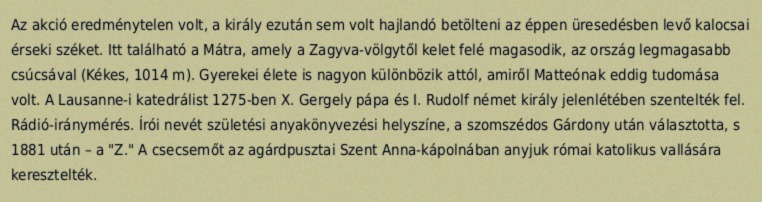
Az akció eredménytelen volt, a király ezután sem volt hajlandó betölteni az éppen üresedésben levő kalocsai érseki széket. Itt található a Mátra, amely a Zagyva-völgytől kelet felé magasodik, az ország legmagasabb csúcsával (Kékes, 1014 m). Gyerekei élete is nagyon különbözik attól, amiről Matteónak eddig tudomása volt. A Lausanne-i katedrálist 1275-ben X. Gergely pápa és I. Rudolf német király jelenlétében szentelték fel. Rádió-iránymérés. Írói nevét születési anyakönyvezési helyszíne, a szomszédos Gárdony után választotta, s 1881 után – a "Z." A csecsemőt az agárdpusztai Szent Anna-kápolnában anyjuk római katolikus vallására keresztelték.